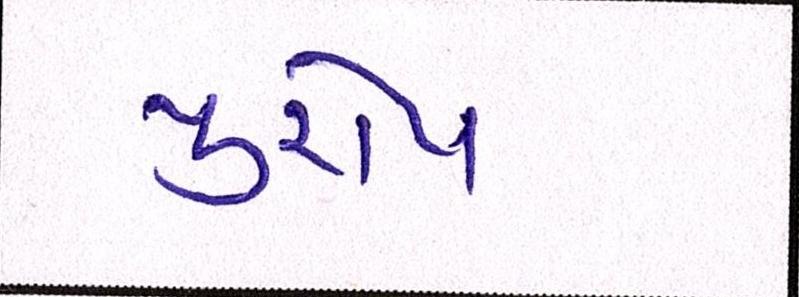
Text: યુરોપ